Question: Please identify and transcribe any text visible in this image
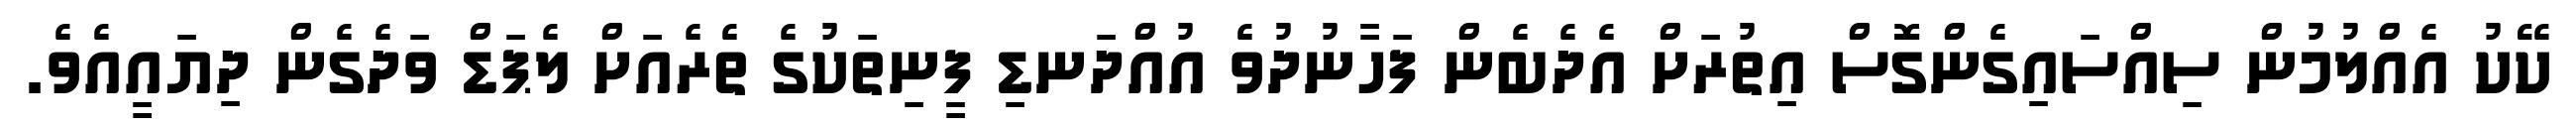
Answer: ކޭކު އެއްލުމުން ސިއްސައިގެންގޮސް އިތުރަށް އެދެބެން ފަހާނުދުވެ އުއްދަނޑި ފީނިތަކުގެ ތެރެއަށް ލެޕަޑް ވަދެގެން ދިޔައީއެވެ.